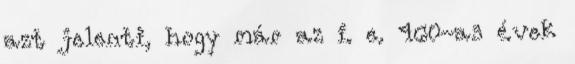
azt jelenti, hogy már az i. e. 460-as évek